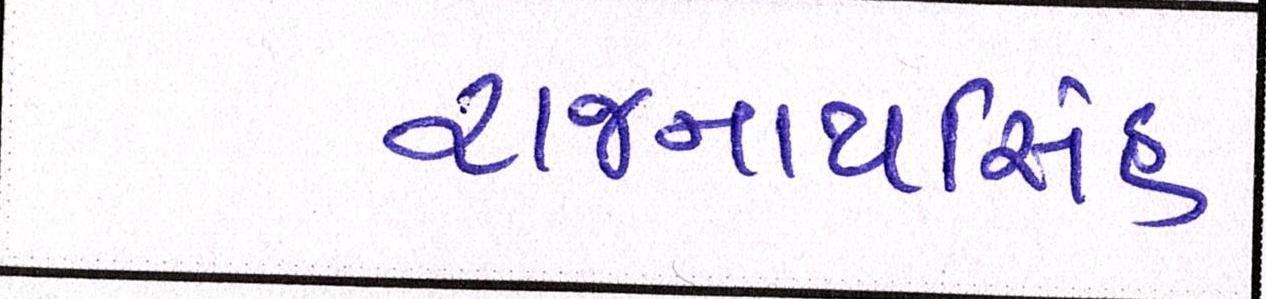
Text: રાજનાથસિંહ